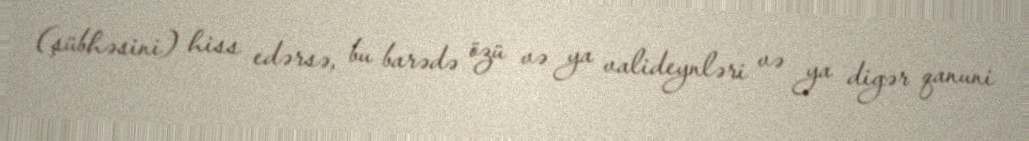
(şübhəsini) hiss edərsə, bu barədə özü və ya valideynləri və ya digər qanuni